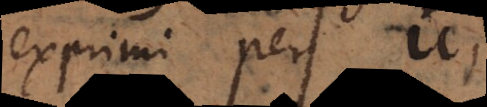
exprimi per u,